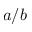
a / b